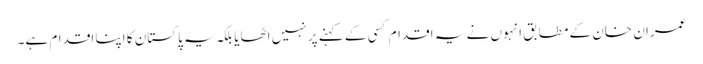
عمران خان کے مطابق انہوں نے یہ اقدام کسی کے کہنے پر نہیں اٹھایا بلکہ یہ پاکستان کا اپنا اقدام ہے۔